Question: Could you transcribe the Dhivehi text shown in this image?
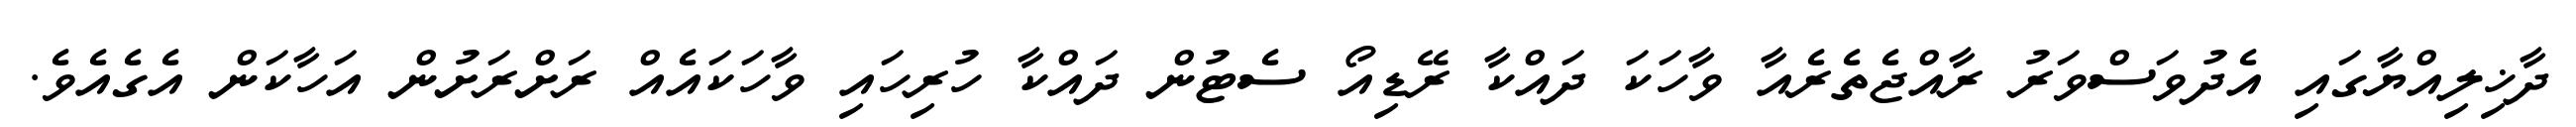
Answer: ދާޚިލިއްޔާގައި އެދުވަސްވަރު ރާއްޖެތެރެއާ ވާހަކަ ދައްކާ ރޭޑިއޯ ސެޓުން ދައްކާ ހުރިހައި ވާހަކައެއް ރަށްރަށުން އަހާކަން އެގެއެވެ.